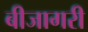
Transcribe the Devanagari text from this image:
बीजागरी